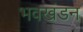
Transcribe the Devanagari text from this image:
भवखंडन